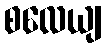
စလေယျ